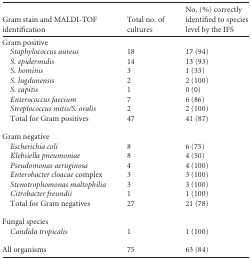
| Gram stain and MALDI-TOFidentification | Total no. ofcultures | No. (%) correctlyidentified to species level by the IFS |
 | --- | --- | --- |
 | Gram positive |  |  |
 | Staphylococcus aureus | 18 | 17 (94) |
 | S. epidermidis | 14 | 13 (93) |
 | S. hominis | 3 | 1 (33) |
 | S. lugdunensis | 2 | 2 (100) |
 | S. capitis | 1 | 0 (0) |
 | Enterococcus faecium | 7 | 6 (86) |
 | Streptococcus mitis/S. oralis | 2 | 2 (100) |
 | Total for Gram positives | 47 | 41 (87) |
 | Gram negative |  |  |
 | Escherichia coli | 8 | 6 (75) |
 | Klebsiella pneumoniae | 8 | 4 (50) |
 | Pseudomonas aeruginosa | 4 | 4 (100) |
 | Enterobacter cloacae complex | 3 | 3 (100) |
 | Stenotrophomonas maltophilia | 3 | 3 (100) |
 | Citrobacter freundii | 1 | 1 (100) |
 | Total for Gram negatives | 27 | 21 (78) |
 | Fungal species |  |  |
 | Candida tropicalis | 1 | 1 (100) |
 | All organisms | 75 | 63 (84) |